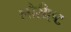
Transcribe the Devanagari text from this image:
लौरीएट